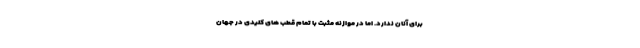
برای آنان ندارد. اما در موازنه مثبت با تمام قطب های کلیدی در جهان